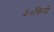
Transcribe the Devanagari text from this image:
३०किमी